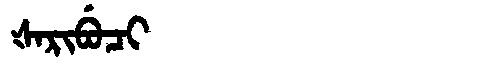
Manchu: ᡧᠠᡵᡳᠪᡠᠴᡳ
Romanization: ŠARIBUCI